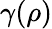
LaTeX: \gamma(\rho)